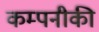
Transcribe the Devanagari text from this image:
कम्पनीकी